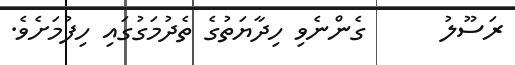
ރަސޫލު      ގެންނެވި ހިދާޔަތުގެ ތެދުމަގުގައި ހިފުމަށެވެ.